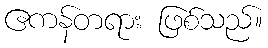
ဧကန်တရား ဖြစ်သည်။